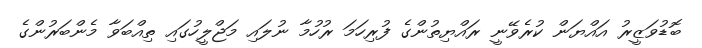
ބޮޑުވަޒީރު އައްޔަން ކުރެވޭނީ ރައްޔިތުންގެ ފުރިހަމަ ރުހުމާ ނުލައި މަޖްލީހުގައި ތިއްބަވާ މެންބަރުންގެ